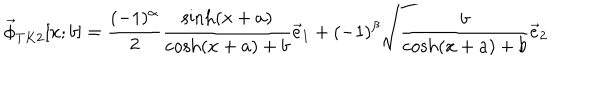
LaTeX: \vec { \phi } _ { T K 2 } [ x ; b ] = \frac { ( - 1 ) ^ { \alpha } } { 2 } \frac { \sinh ( x + a ) } { \cosh ( x + a ) + b } \vec { e } _ { 1 } + ( - 1 ) ^ { \beta } \sqrt { \frac { b } { \cosh ( x + a ) + b } } \vec { e } _ { 2 }